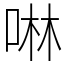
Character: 啉